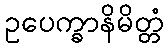
ဥပေက္ခာနိမိတ္တံ